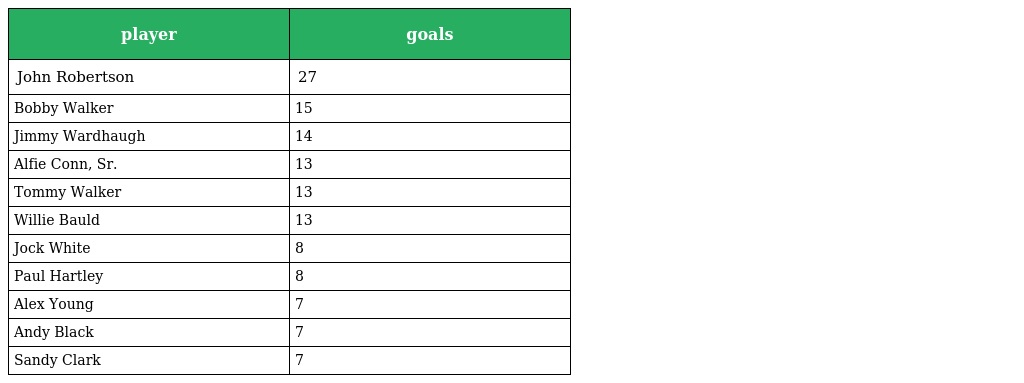
| player | goals |
 | --- | --- |
 | John Robertson | 27 |
 | Bobby Walker | 15 |
 | Jimmy Wardhaugh | 14 |
 | Alfie Conn, Sr. | 13 |
 | Tommy Walker | 13 |
 | Willie Bauld | 13 |
 | Jock White | 8 |
 | Paul Hartley | 8 |
 | Alex Young | 7 |
 | Andy Black | 7 |
 | Sandy Clark | 7 |